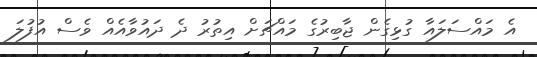
އެ މައްސަލައާ ގުޅިގެން ޖާބިރުގެ މައްޗަށް އިތުރު ދެ ދައުވާއެއް ވެސް އުފުލަ